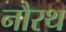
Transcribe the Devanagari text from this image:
नौरथ